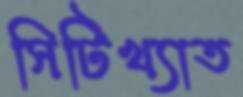
সিটিখ্যাত